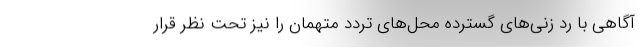
آگاهی با رد زنی‌های گسترده محل‌های تردد متهمان را نیز تحت نظر قرار